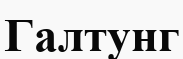
Галтунг